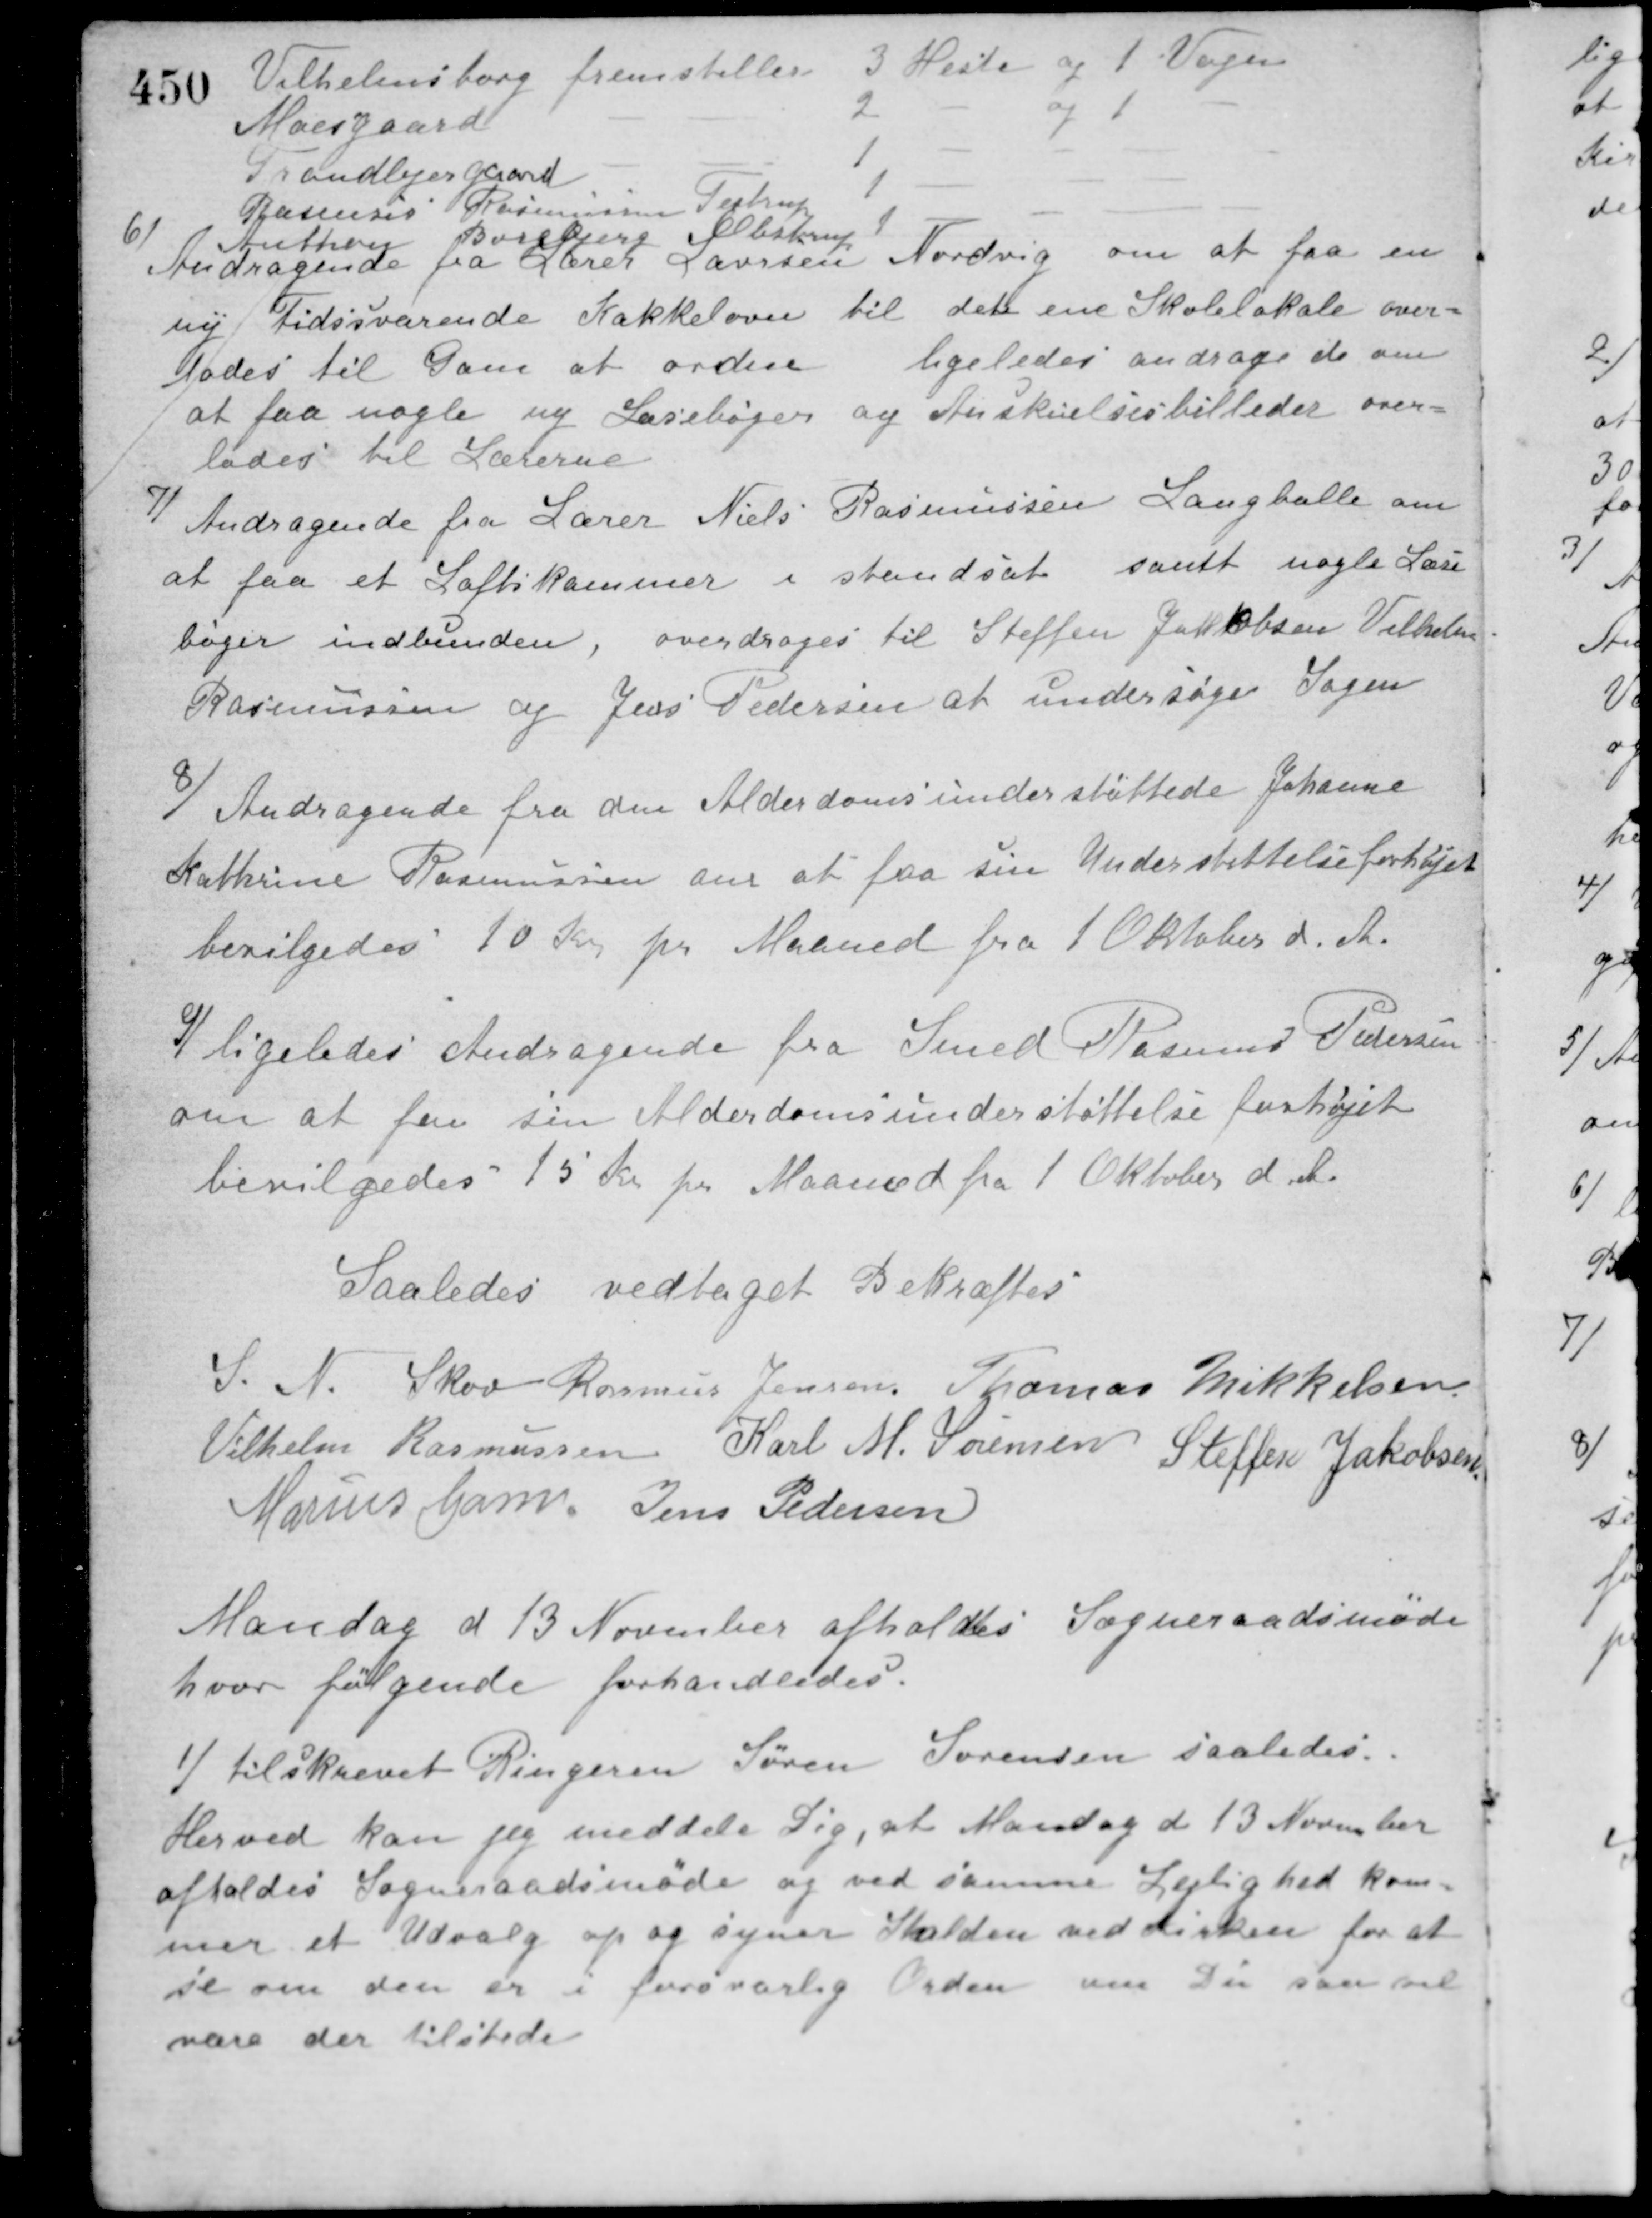
Transskription:
Vilhelmsborg fremstiller 3 Heste og 1 Vogn
Moesgaard - 2 - og 1 -
Tranbjergggaard - 1 -
Rasmus Rasmussen Testrup - 1 -
Anthon Borebjerg Obstrup - 1 -
6/
Andragende fra Lærer Laursen Nordvig om at faa en
ny Tidssvarende Kakkelovn til det ene Skolelokale over-
lades til Gam at ordne ligeledes andrager de om
at faa nogle ny Læsebøger og Anskuelsesbilleder over-
lades til Lærerne.
7/
Andragende fra Lærer Niels Rasmussen Langballe om
at faa et Loftskammer i standsat samt nogle Lære-
bøger indbunden, overdroges til Steffen Jakobsen Vilhelm
Rasmussen og Jens Pedersen at undersøge Sagen.
8/
Andragende fra den Alderdomsunderstøttede Johanne
Kathrine Rasmussen om at faa sin Understøttelse forhøjet
bevilgedes 10 Kr. pr. Maaned fra 1 Oktober d. A.
9/
lgeledes Andragende fra Smed Rasmus Pedersen
om at faa sin Alderdomsunderstøttelse forhøjet
bevilgedes 15 Kr. pr. Maaned fra 1 Oktober d. A.
Saaledes vedtaget Bekræftes
S. N. Skov Rasmus Jensen Thomas Mikkelsen
Vilhelm Rasmussen Karl M. Sørensen Steffen Jakobsen
Marius Gam Jens Pedersen
Mandag d 13 November afholdtes Sogneraadsmøde
hvor følgende forhandledes.
1/ tilskrevet Ringeren Søren Sørensen saaledes:
Herved kan jeg meddele Dig, at Mandag d 13 November
afholdes Sogneraadsmøde og ved samme Lejlighed kom-
mer et Udvalg op og syner Stalden ved Kirken for at
se om den er i forsvarlig Orden om Du saa vil
være der tilstede.